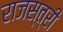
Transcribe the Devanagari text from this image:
राजस्त्री